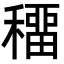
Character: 𥢋